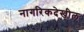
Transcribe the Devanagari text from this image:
नागरिकदेखील